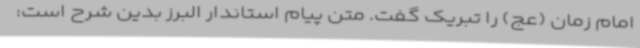
امام زمان (عج) را تبریک گفت. متن پیام استاندار البرز بدین شرح است: